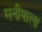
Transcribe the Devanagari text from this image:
मनीषाला